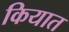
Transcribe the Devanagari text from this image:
कियात